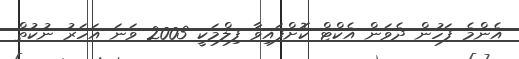
އެންމެ ފަހުން ދެވަން އެކްޓް ކޮށްފައިވާ ފިލްމަކީ 2003 ވަނަ އަހަރު ނުކުތް